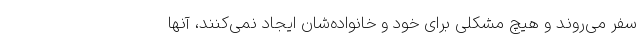
سفر می‌روند و هیچ مشکلی برای خود و خانواده‌شان ایجاد نمی‌کنند، آنها